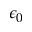
\epsilon _ { 0 }